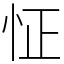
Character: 怔